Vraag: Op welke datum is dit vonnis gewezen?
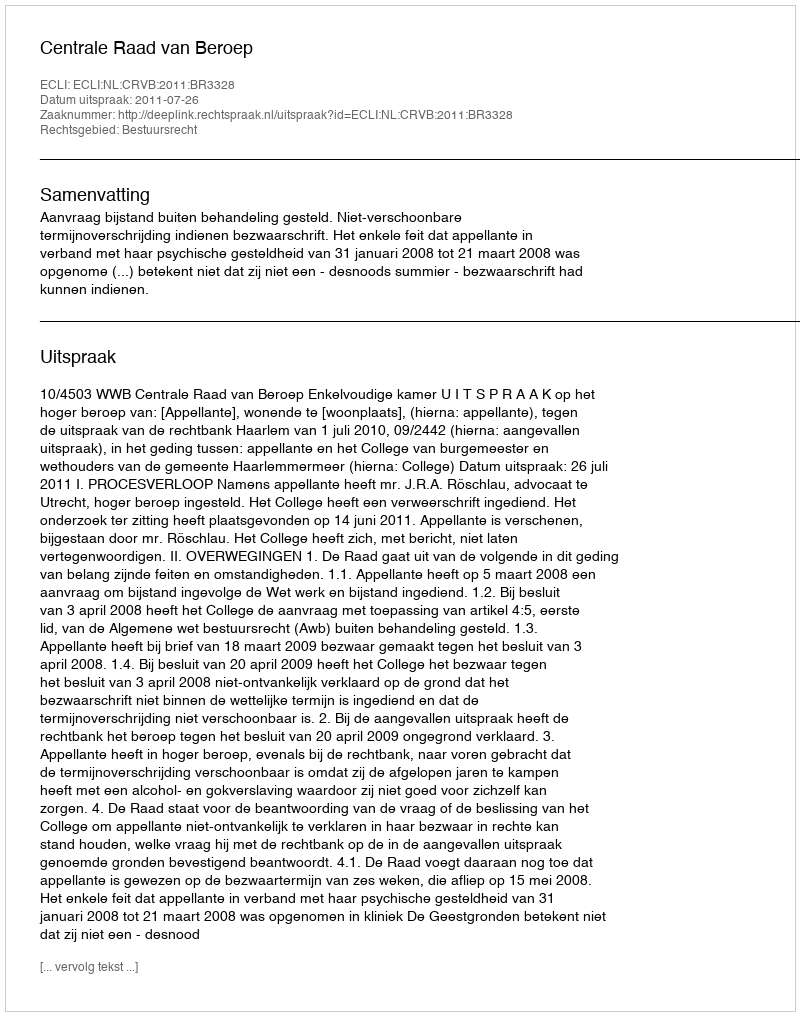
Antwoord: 2011-07-26